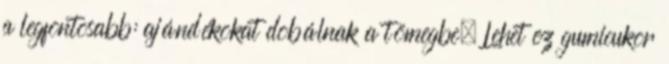
a legfontosabb: ajándékokat dobálnak a tömegbe. Lehet ez gumicukor